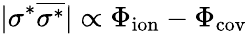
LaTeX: |\sigma^{*}\overline{{\sigma^{*}}}|\propto\Phi_{\mathrm{ion}}-\Phi_{\mathrm{cov}}